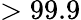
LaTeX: >99.9